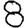
Digit: 8